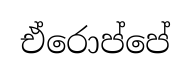
ඒරොප්පේ